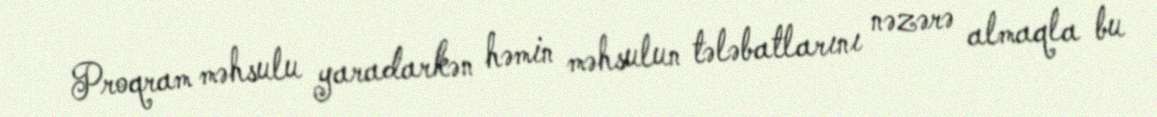
Proqram məhsulu yaradarkən həmin məhsulun tələbatlarını nəzərə almaqla bu